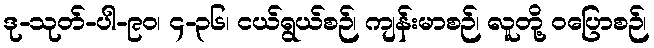
ဒု-သုတ်-ပါ-၉၀၊ ၄-၃၆၊ ငယ်ရွယ်စဉ်၊ ကျန်းမာစဉ်၊ လူတို့ ဝပြောစဉ်၊